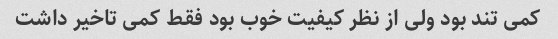
کمی تند بود ولی از نظر کیفیت خوب بود فقط کمی تاخیر داشت